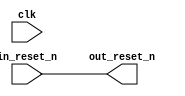
// rst_in.v

// Generated using ACDS version 18.1 222

`timescale 1 ps / 1 ps
module rst_in (
		input  wire  clk,         //       clk.clk
		input  wire  in_reset_n,  //  in_reset.reset_n
		output wire  out_reset_n  // out_reset.reset_n
	);

	assign out_reset_n = in_reset_n;

endmodule